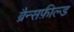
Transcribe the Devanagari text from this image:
ब्रैन्सफ़ील्ड